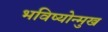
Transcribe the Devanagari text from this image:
भविष्योन्मुख